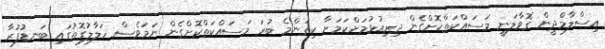
އިސްލާމްދީން ގޮވާލަނީ މަސައްކަތްކޮށްގެން ދިރިއުޅުމަށްކަމަށާ ކިތަންމެ ބުރަ މަސައްކަތްކޮށްގެން ނަމަވެސް ހަލާލުގޮތުގައި ބަނޑުފުރާ